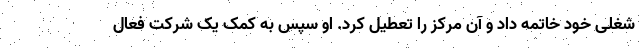
شغلی خود خاتمه داد و آن مرکز را تعطیل کرد. او سپس به کمک یک شرکت فعال